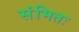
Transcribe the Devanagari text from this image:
संमितः